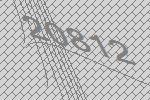
20812